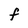
Character: F